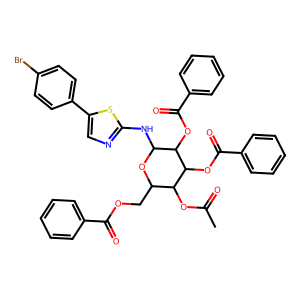
SMILES: CC(=O)OC1C(COC(=O)c2ccccc2)OC(Nc2ncc(-c3ccc(Br)cc3)s2)C(OC(=O)c2ccccc2)C1OC(=O)c1ccccc1
Inhibits HIV replication: No